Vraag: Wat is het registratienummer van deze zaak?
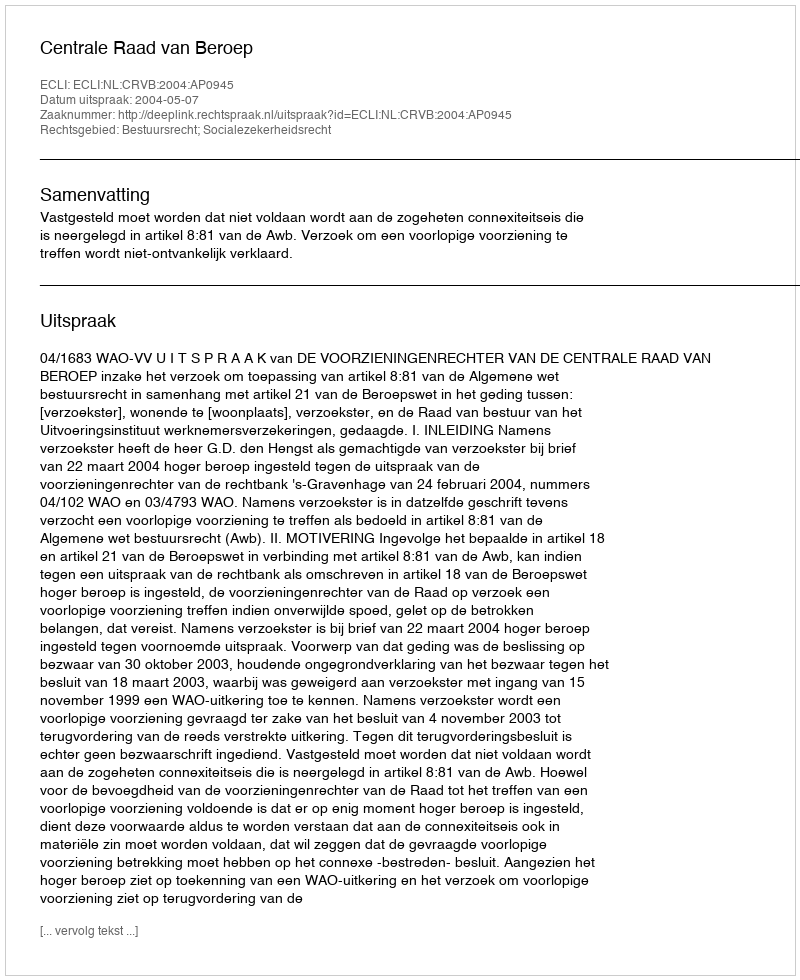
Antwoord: http://deeplink.rechtspraak.nl/uitspraak?id=ECLI:NL:CRVB:2004:AP0945